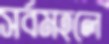
সর্বমহলে